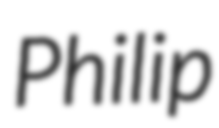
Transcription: Philip